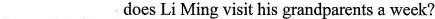
___ ___does Li Ming visit his grandparents a week?